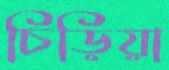
চিড়িয়া